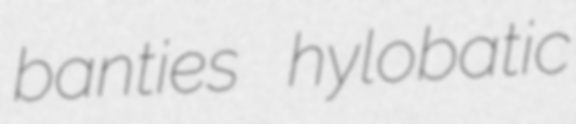
banties hylobatic